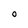
Character: 0